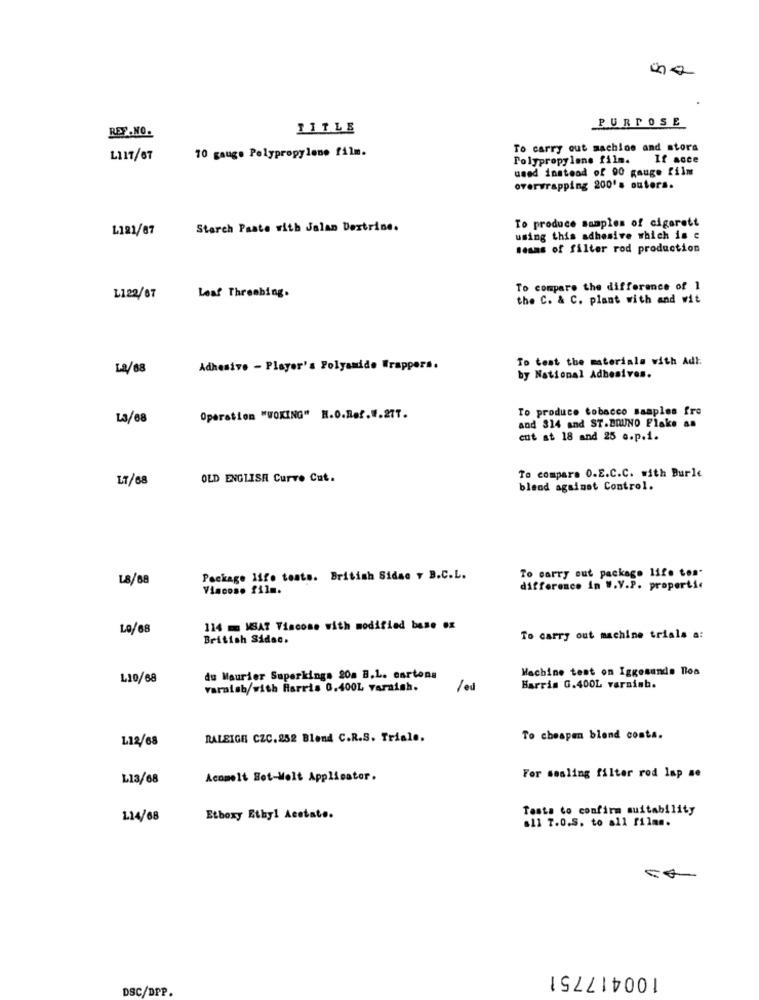
PURPOSE
REF .NO.
111LE
10 gauge Polypropylene film.
To carry out machine and stora
LIIT/67
Polypropylene film. If acce
used instead of 00 gauge film
overwrapping 200's outers.
To produce samples of cigarett
L121/87
Starch Paste with Jalan Dextrine.
using this adhesive which is e
mesas of filter rod production
To compare the difference of 1
L122/67
Leaf Threebing.
the C. & C. plant with and wit
To test the materials with Adi.
La/88
Adhesive - Player's Polyamide Wrappers.
by National Adhesives.
To produce tobacco samples fro
L3/68
Operation "WOKING" H.O.Ref.W.27T.
and 314 and ST.BRUNO Flake an
cut at 18 and 25 a.p.1.
LT/68
OLD ENGLISH Curve Cut.
To compare O.E.C.C. with Burle
blend against Control.
To carry out package life tos.
L8/88
Package Iffe tests. British Sidae y B.C.L.
Viscoso film.
difference in W.V.P. properti
LO/68
114 = MSAT Viscose with modified base .x
British Sidae.
To carry out machine trials a:
Machine test on Iggesunde Toa
L10/68
du Maurier Superkings 20a B.L. cartons
varaisb/with Harris 0.400L varaish.
/ed
Harris G.400L varsiab.
112/68
RALEIGH CZC. 252 Blend C.R.S. Triale.
To cheapen blend costa.
L13/68
Acmmelt Not-Welt Applicator.
For sesling filter rod lap se
Testa to confirm suitability
114/68
Etboxy Ethyl Acetate.
.11 T.O.S. to all films.
100417751
DSC/DPP.